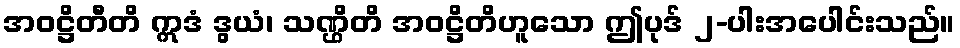
အဝဋ္ဌိတီတိ ဣဒံ ဒွယံ၊ သဏ္ဌိတိ အဝဋ္ဌိတိဟူသော ဤပုဒ် ၂-ပါးအပေါင်းသည်။